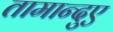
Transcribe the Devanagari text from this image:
तामान्दुए